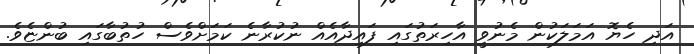
އަދި ހެޔޮ އަމަލަކުން މެނުވީ އާހިރަތުގައި ފައިދާއެއް ނުކުރާނެ ކަމަށްވެސް ހުތުބާގައި ބުންޏެވެ.